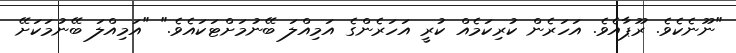
"ނޫނެކެވެ. ރޫޕާއެވެ. އަހަރެން ކުރިކަމެއް ކުރީ އަހަރެންގެ އަމިއްލަ ބޭނުމަށްޓަކައެވެ." "އަމިއްލަ ބޭނުމަކަށޭ